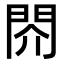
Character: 䦏